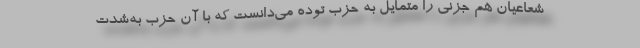
شعاعیان هم جزنی را متمایل به حزب توده می‌دانست كه با آن حزب به‌شدت